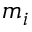
m _ { i }